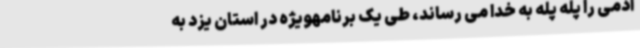
آدمی را پله پله به خدا می رساند، طی یک برنامهویژه در استان یزد به